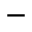
-